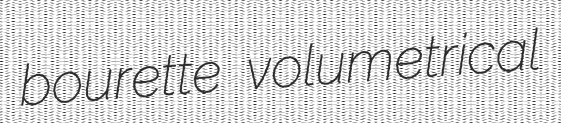
bourette volumetrical